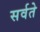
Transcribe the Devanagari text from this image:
सर्वते